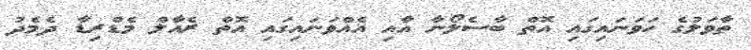
ތާވަލުގެ ހަވަނައިގައި އޮތް ބާސެލޯނާ އާއި އެއްވަނައިގައި އޮތް ރެއާލް މެޑްރިޑާ ދެމެދު